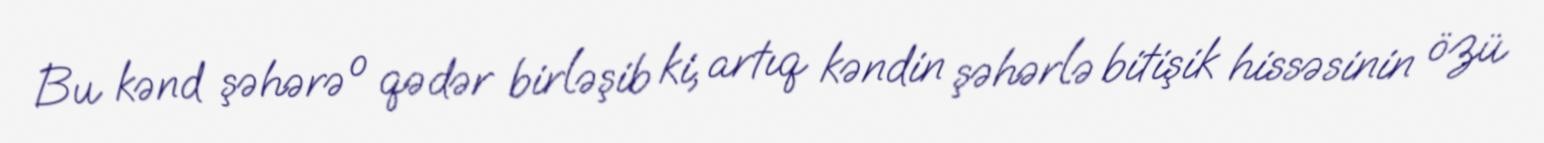
Bu kənd şəhərə o qədər birləşib ki, artıq kəndin şəhərlə bitişik hissəsinin özü